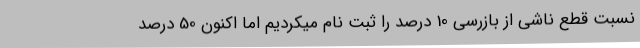
نسبت قطع ناشی از بازرسی 10 درصد را ثبت نام میکردیم اما اکنون 50 درصد